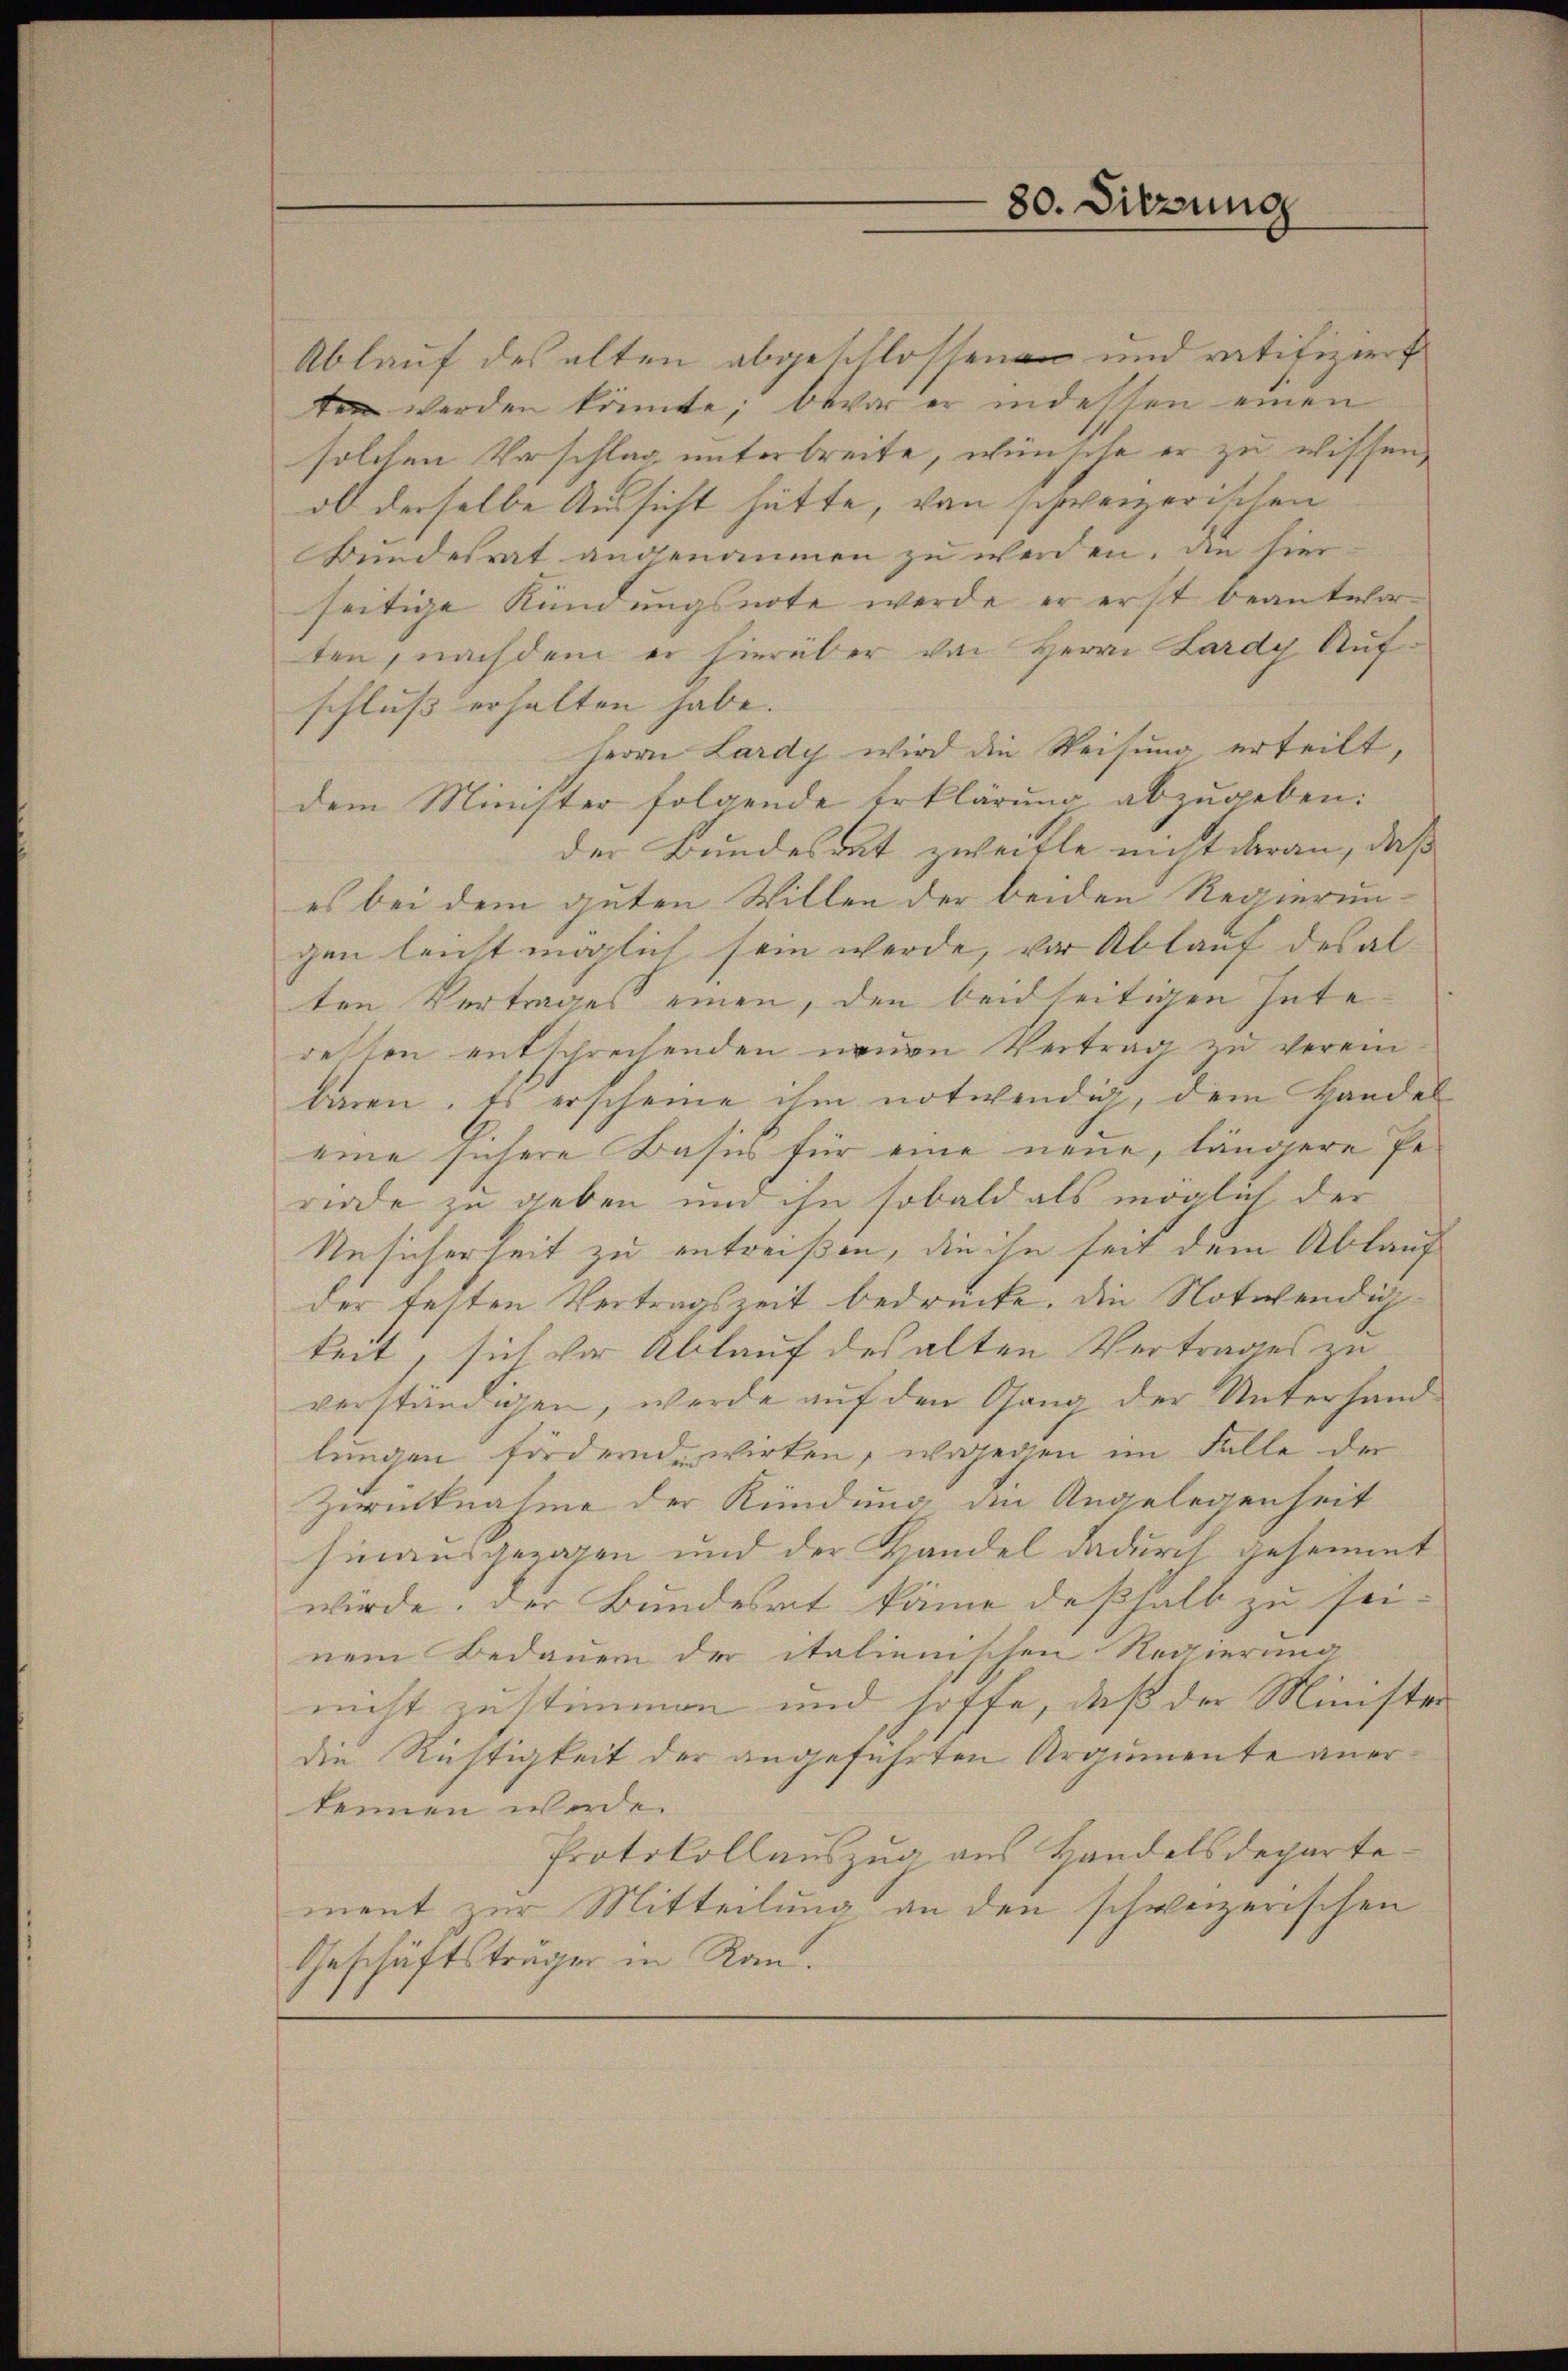
80. Sitzung

Ablauf des alten abgeschlossenen und ratifiziert
ten werden könnte, bevor er indessen einen
solchen Vorschlag unterbreite, wünsche er zu wissen,
ob derselbe Aussicht hätte, von schweizerischen
Bundesrat angenommen zu werden. Die hierseitige Kündungsnote werde er erst beantworten, nachdem er hierüber von Herrn Lardy Aufschluß erhalten habe.
Herrn Lardy wird die Weisung erteilt,
dem Minister folgende Erklärung abzugeben:
der Bundesrat zweifle nicht daran, daß
es bei dem guten Willen der beiden Regierungen leicht möglich sein werde, vor Ablauf des alten Vertrages einen, den beidseitigen Gute
retten entschrechenden neuen Vertrag zu verein
baren. Es erscheine ihm notwendig, dem Handel
eine sichere Basis für eine neue, längere Periode zu geben um ihn, sobald als möglich der
Ansicherheit zu antreißen, die ihn seit dem Ablauf
der festen Vertragszeit bedrücke. Die Notwendigkeit, sich vor Ablauf des alten Vertrages zu
verständigen, werde auf den Gang der Unterhand
lungen fördernde wirken, wagegen im Falle der
Zurücknahme der Kündung die Angelegenheit
hinausgezogen und der Handel dadurch gesammt
würde. Der Bundesrat käme deßhalb zu sei-
nem Bedauern der italienischen Regierung
nicht zustimmen und hoffe, daß der Ministe
die Richtigkeit der angeführten Argumente anerkennen werde.
Protokollauszug aus Handelsdepartement zur Mitteilung an den schweizerischen
Geschäftsträger in Ran.